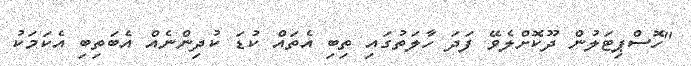
"ހޮސްޕިޓަލުން ދޫކޮށްލެވޭ ފަދަ ހާލަތުގައި ތިބި އެތައް ކުޑަ ކުދިންނެއް އެބަތިބި އެކަމަކު